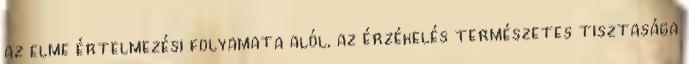
az elme értelmezési folyamata alól, az érzékelés természetes tisztasága